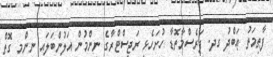
ފާޠިމަތު ޢަބްދު ގދ. ފަރެސްމާތޮޑާ ހުށަހެޅި ރަޖިސްޓްރާގެ ނިންމުން އަލުންބަލައި ނިންމި ގޮތް